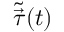
\tilde { \vec { \tau } } ( t )